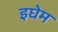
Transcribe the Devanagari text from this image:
इघेम